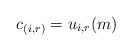
LaTeX: \begin{align*}c_{(i, r)}=u_{i, r}(m)\end{align*}